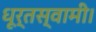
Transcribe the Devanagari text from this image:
धूर्तस्वामी।